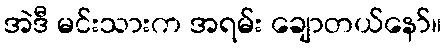
အဲဒီ မင်းသားက အရမ်း ချောတယ်နော်။